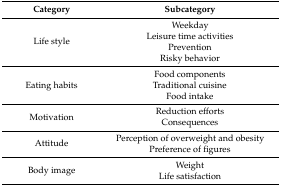
| Category | Subcategory |
 | --- | --- |
 | Life style | WeekdayLeisure time activitiesPreventionRisky behavior |
 | Eating habits | Food componentsTraditional cuisineFood intake |
 | Motivation | Reduction effortsConsequences |
 | Attitude | Perception of overweight and obesityPreference of figures |
 | Body image | WeightLife satisfaction |